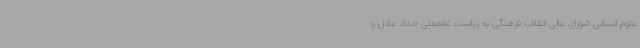
علوم انسانی شورای عالی انقلاب فرهنگی به ریاست غلامعلی حداد عادل و